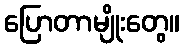
ပြောတာမျိုးတွေ။